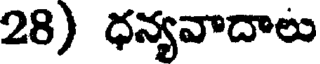
28) ధన్యవాదాలు